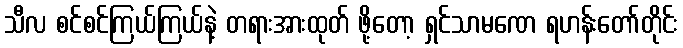
သီလ စင်စင်ကြယ်ကြယ်နဲ့ တရားအားထုတ် ဖို့တော့ ရှင်သာမဏေ ရဟန်းတော်တိုင်း